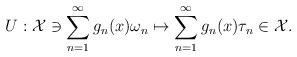
LaTeX: \begin{align*}U:\mathcal{X} \ni \sum_{n=1}^{\infty}g_n(x)\omega_n \mapsto \sum_{n=1}^{\infty}g_n(x)\tau_n \in \mathcal{X}.\end{align*}